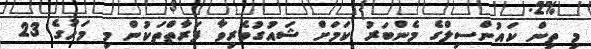
މި ތިން ކައުންސިލްގެ މެންބަރު ކަމަށް ޝައުގުވެރިވާ ފަރާތްތަކުން މި މަހުގެ 23